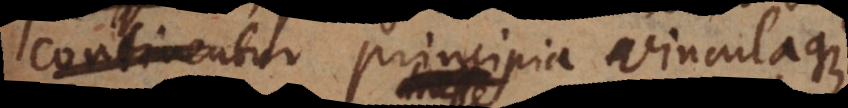
contineri principia vinculaque